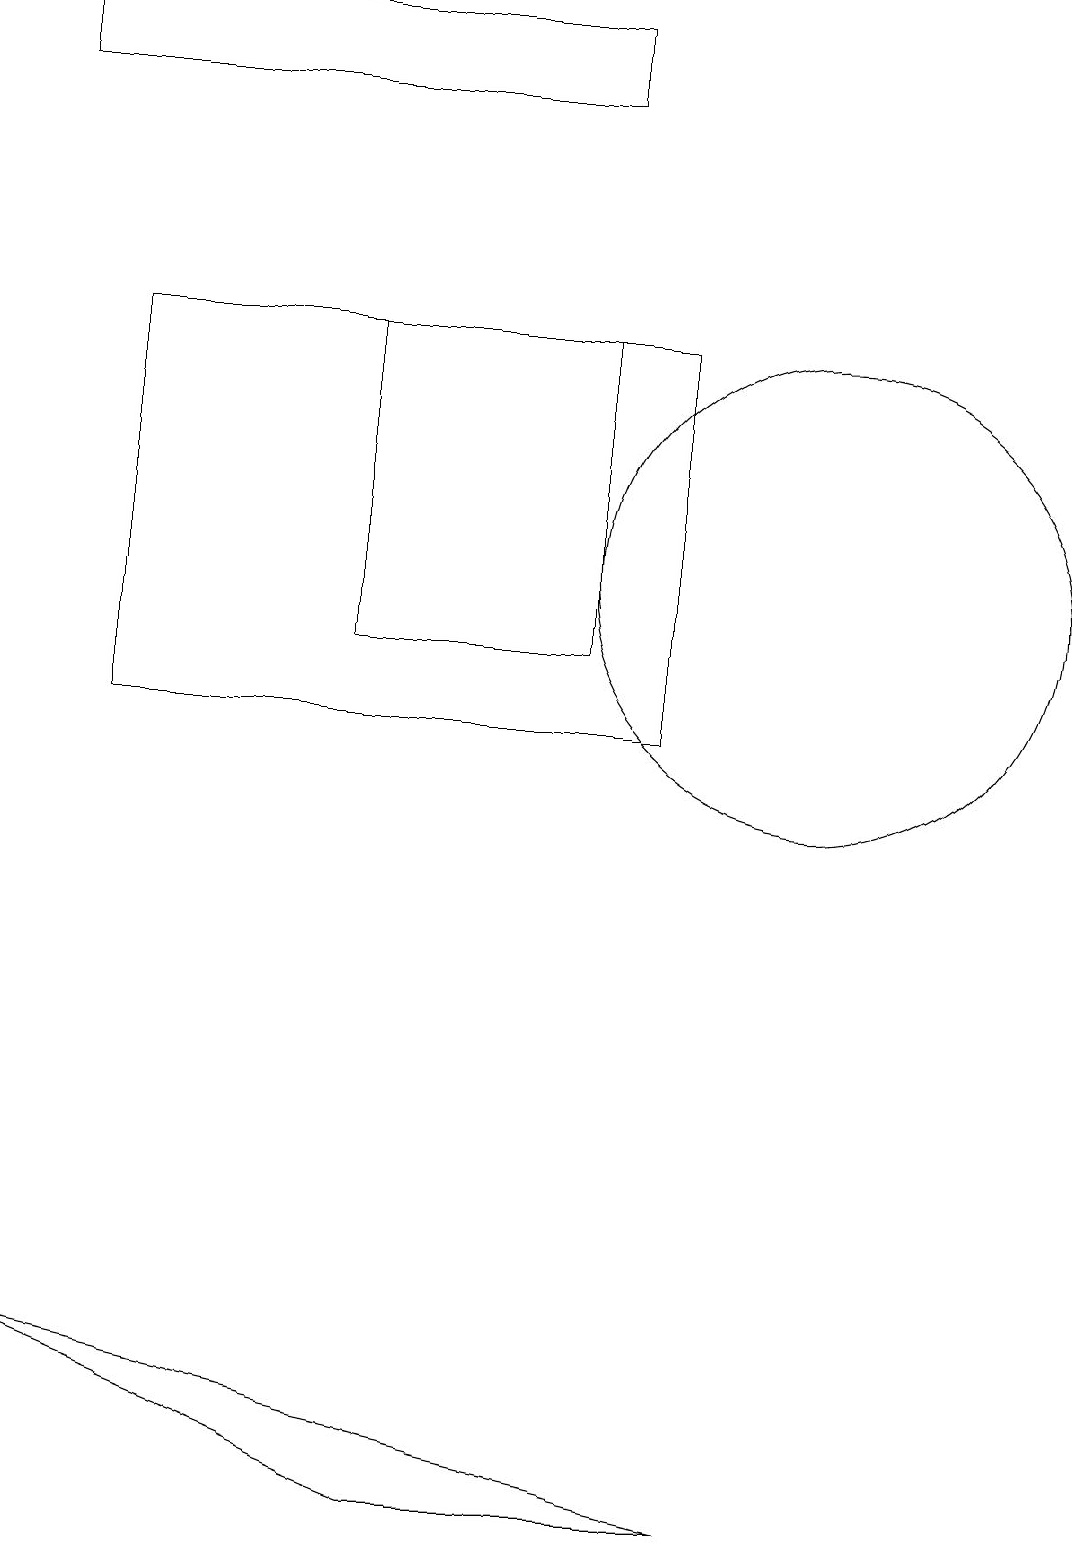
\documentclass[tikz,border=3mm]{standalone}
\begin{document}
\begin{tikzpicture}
\draw (10,12) circle (3);
\draw (4,15) rectangle (7,11);
\draw (0,2) -- (5,0) -- (9,0) -- cycle;
\draw (7,19) rectangle (0,18);
\draw (8,10) rectangle (1,15);
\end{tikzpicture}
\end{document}